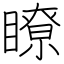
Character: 瞭